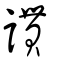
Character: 謴